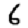
Digit: 6